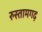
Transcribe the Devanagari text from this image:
रुस्तामगढ़